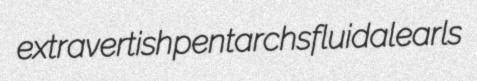
extravertish pentarchs fluidal earls